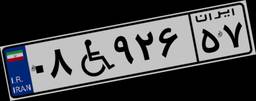
۰۸W۹۲۶۵۷